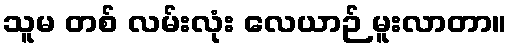
သူမ တစ် လမ်းလုံး လေယာဉ် မူးလာတာ။